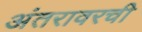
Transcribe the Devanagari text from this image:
अंतरावरची